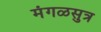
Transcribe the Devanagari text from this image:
मंगळसुत्र